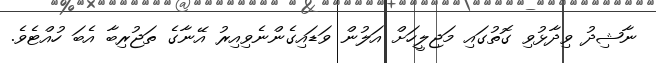
ނާޝިދު ވިދާޅުވި ގޮތުގައި މަޖިލީހަށް އަލުން ވަޑައިގެންނެވިއިރު އޭނާގެ ތަޖުރިބާ އެބަ ހުއްޓެވެ.